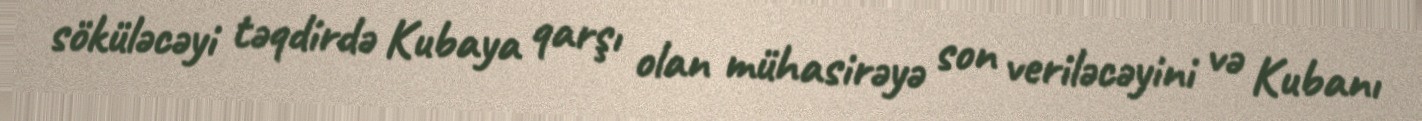
söküləcəyi təqdirdə Kubaya qarşı olan mühasirəyə son veriləcəyini və Kubanı